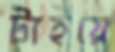
টাইয়ে